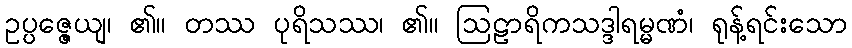
ဥပ္ပဇ္ဇေယျ၊ ၏။ တဿ ပုရိသဿ၊ ၏။ ဩဠာရိကသဒ္ဒါရမ္မဏံ၊ ရုန့်ရင်းသော